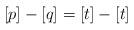
LaTeX: \begin{align*}[p] - [q] = [t] - [t]\end{align*}